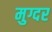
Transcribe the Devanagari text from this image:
मुग्दर